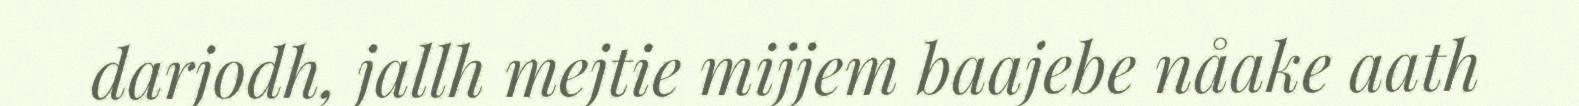
darjodh, jallh mejtie mijjem baajebe nåake aath